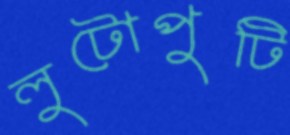
লুটোপুটি